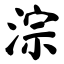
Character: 淙